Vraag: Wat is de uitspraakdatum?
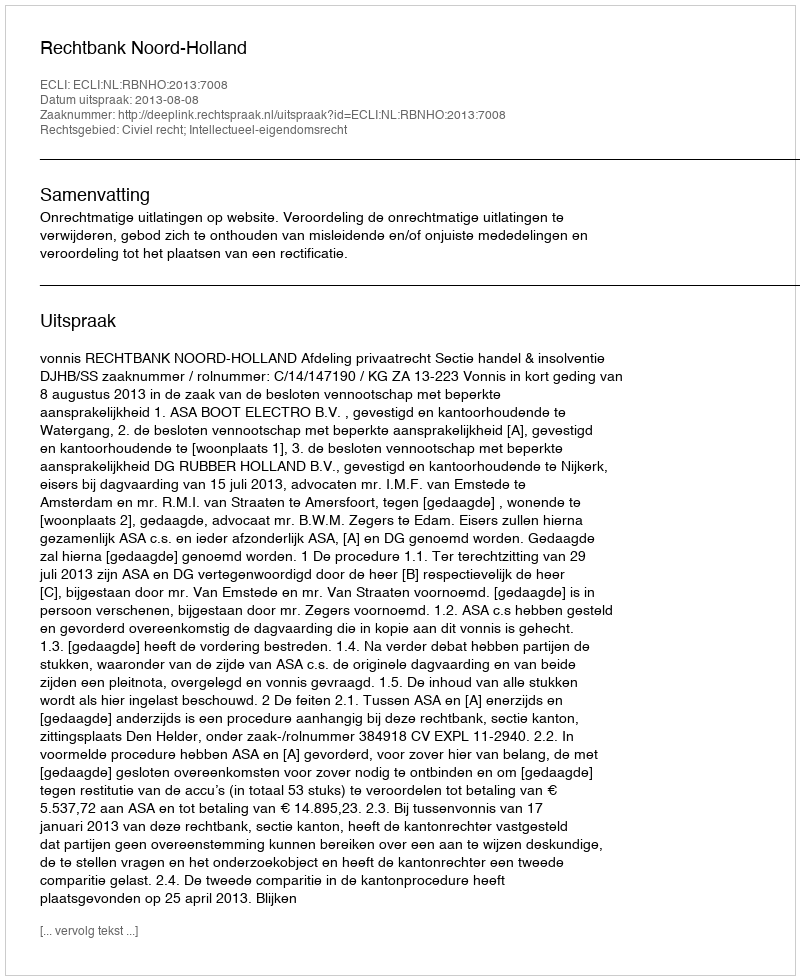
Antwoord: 2013-08-08